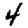
Digit: 4